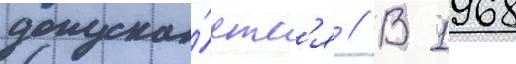
допуска́етс'я // В 1968